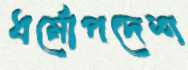
ধর্মোপদেশ